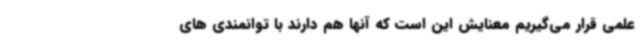
علمی قرار می‌گیریم معنایش این است که آنها هم دارند با توانمندی های